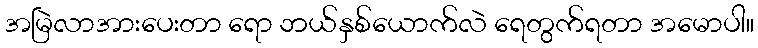
အမြဲလာအားပေးတာ ရော ဘယ်နှစ်ယောက်လဲ ရေတွက်ရတာ အမောပါ။